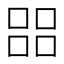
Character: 㗊